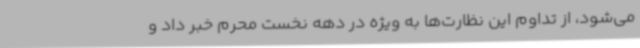
می‌شود، از تداوم این نظارت‌ها به ویژه در دهه نخست محرم خبر داد و